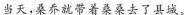
当灭，桑乔就带着桑桑去了县城。